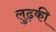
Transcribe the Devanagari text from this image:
लुढ़की